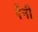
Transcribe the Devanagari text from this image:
पैंनी